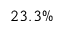
2 3 . 3 \%